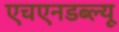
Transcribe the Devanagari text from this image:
एचएनडब्ल्यू